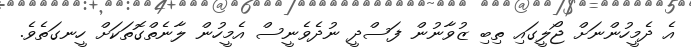
އެ ދެމީހުންނަށް ޖޯލީގައި ތިބި ޒުވާނުން ފަސްދީ ނުދެވެނީސް އެމީހުން ލާނެތްގޮތަކަށް ހީނގަތެވެ.